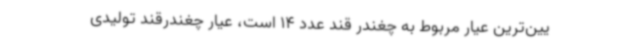
یین‌ترین عیار مربوط به چغندر قند عدد 14 است، عیار چغندرقند تولیدی